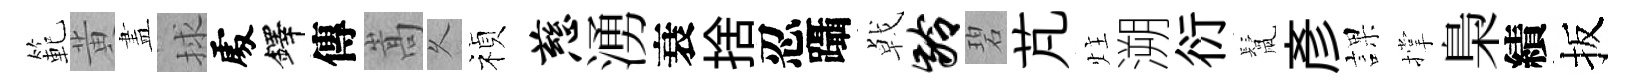
範黄𥁞捄𠁅鐸傳嵩乆禎慈湧衰捨忍躡㦸龄碧芃炷溯衍鬛彥課撑梟績扳